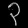
Digit: ၃